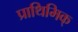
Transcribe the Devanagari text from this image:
प्राथिमिक्